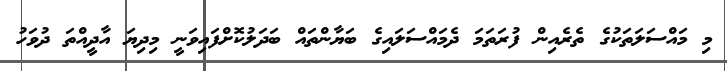
މި މައްސަލަތަކުގެ ތެރެއިން ފުރަތަމަ ދެމައްސަލައިގެ ބަޔާންތައް ބަދަލުކޮށްފައިވަނީ މިދިޔަ އާދީއްތަ ދުވަހު